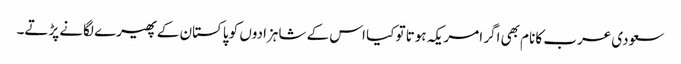
سعودی عرب کا نام بھی اگر امریکہ ہوتا تو کیا اس کے شاہزادوں کو پاکستان کے پھیرے لگانے پڑتے۔